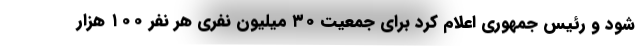
شود و رئیس جمهوری اعلام کرد برای جمعیت ۳۰ میلیون نفری هر نفر ۱۰۰ هزار